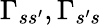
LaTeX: \Gamma_{ss^{\prime}},\Gamma_{s^{\prime}s}